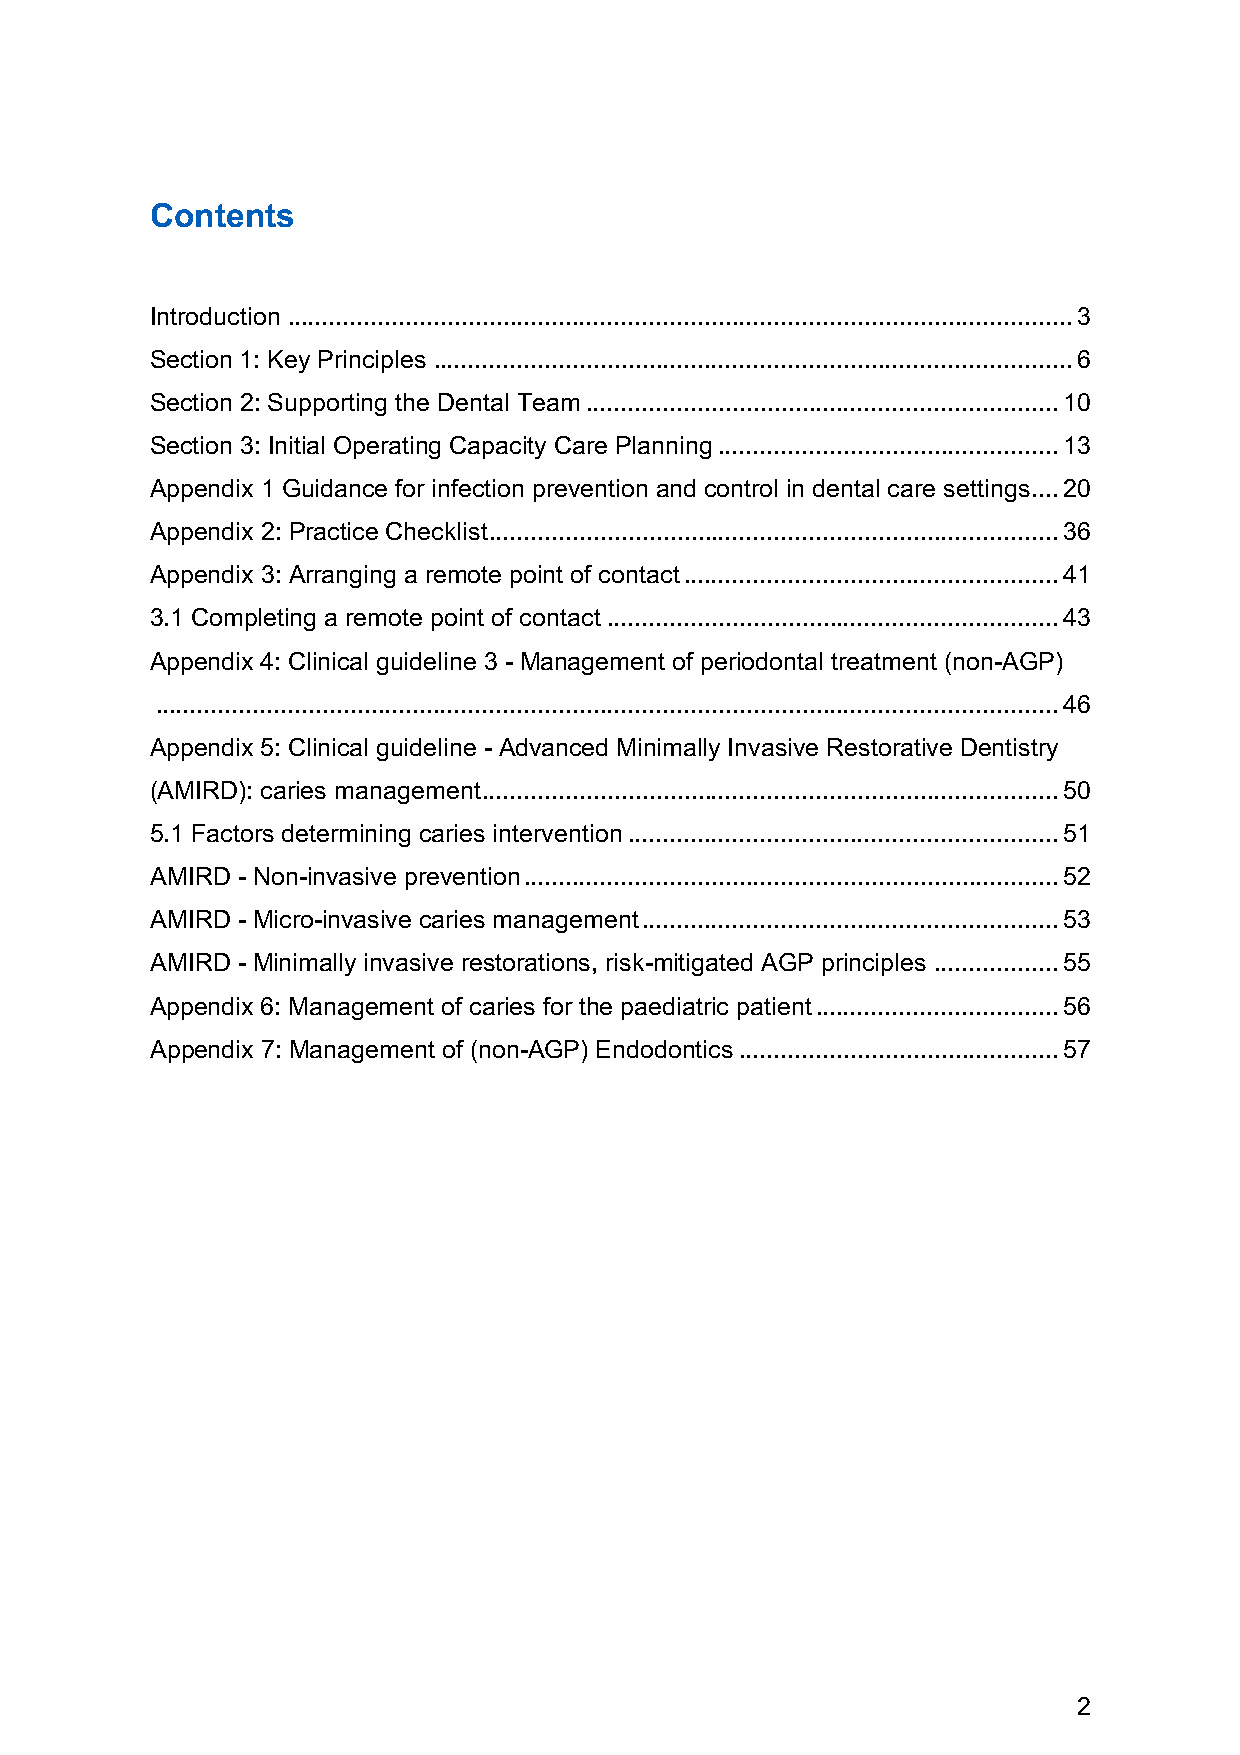
Contents
 Introduction ................................................................................................................. 3
 Section 1: Key Principles ............................................................................................ 6
 Section 2: Supporting the Dental Team .................................................................... 10
 Section 3: Initial Operating Capacity Care Planning ................................................. 13
 Appendix 1 Guidance for infection prevention and control in dental care settings .... 20
 Appendix 2: Practice Checklist .................................................................................. 36
 Appendix 3: Arranging a remote point of contact ...................................................... 41
 3.1 Completing a remote point of contact ................................................................. 43
 Appendix 4: Clinical guideline 3 - Management of periodontal treatment (non-AGP)
 .................................................................................................................................. 46
 Appendix 5: Clinical guideline - Advanced Minimally Invasive Restorative Dentistry
 (AMIRD): caries management ................................................................................... 50
 5.1 Factors determining caries intervention .............................................................. 51
 AMIRD - Non-invasive prevention ............................................................................. 52
 AMIRD - Micro-invasive caries management ............................................................ 53
 AMIRD - Minimally invasive restorations, risk-mitigated AGP principles .................. 55
 Appendix 6: Management of caries for the paediatric patient ................................... 56
 Appendix 7: Management of (non-AGP) Endodontics .............................................. 57
 2